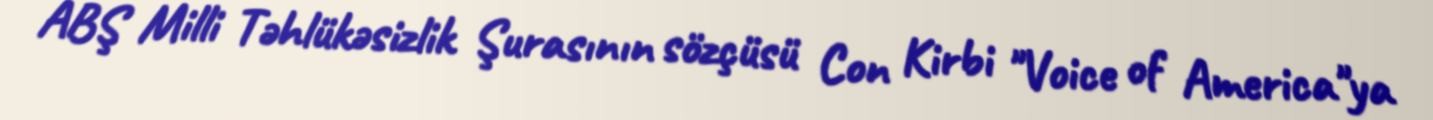
ABŞ Milli Təhlükəsizlik Şurasının sözçüsü Con Kirbi "Voice of America"ya